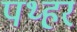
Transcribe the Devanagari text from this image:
पथ्हर